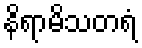
နိရာမိသတရံ